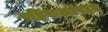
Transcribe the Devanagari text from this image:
रहिवाश्यांबद्दल